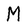
Character: M